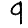
Digit: 9